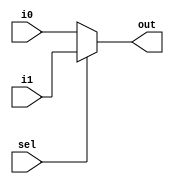
module mux2x1 #(
	parameter WIDTH = 18
)
(
	input  wire [WIDTH-1:0] i0,
	input  wire [WIDTH-1:0] i1,
	input  wire        		sel,
	output reg  [WIDTH-1:0] out
);

always @(*) begin
	if (sel == 1'b0)
		out = i0;
	else if (sel == 1'b1)
		out = i1;
	else 
		out = i0;
end

endmodule